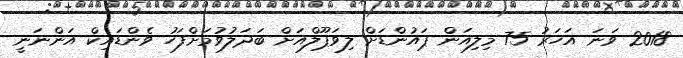
2018 ވަނަ އަހަރު 75 މިލިއަން ޕައުންޑަށް ލިވަޕޫލްއަށް ބަދަލުވުމަށްފަހު ވެންޑައިކް އަންނަނީ